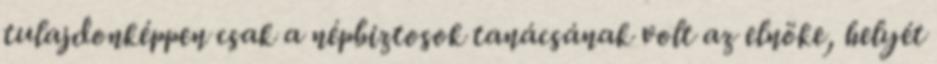
tulajdonképpen csak a népbiztosok tanácsának volt az elnöke, helyét